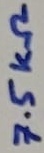
Text: 7.5KΩ